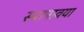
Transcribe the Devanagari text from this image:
स्थापावया